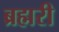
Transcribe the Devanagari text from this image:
ब्रह्मरी